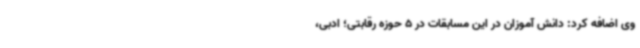
وی اضافه کرد: دانش آموزان در این مسابقات در 5 حوزه رقابتی؛ ادبی،